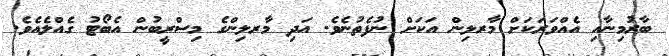
ބާރުމިނާއި އެއްވަރަކަށް މާރލިން އަކަށް ނުފެތުނެވެ. އަދި މާރލިންގެ މިސްރީބުން އެބޯޓު ގެއްލެއެވެ.